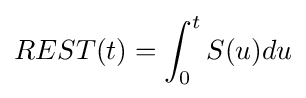
REST(t)=\int _{0}^{t}{S(u)}du